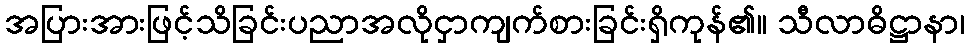
အပြားအားဖြင့်သိခြင်းပညာအလိုငှာကျက်စားခြင်းရှိကုန်၏။ သီလာဓိဋ္ဌာနာ၊